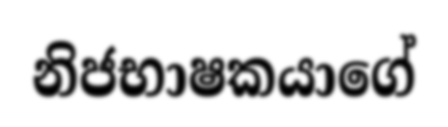
නිජභාෂකයාගේ